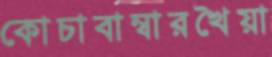
কোচাবাম্বারখৈয়া